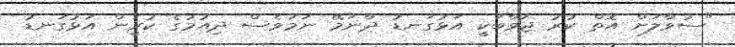
"ސުވާލަށް އޮތް ކުރު ޖަވާބަކީ އަޅުގަނޑު ދާނަމޭ ނަމަވެސް ދިއުމުގެ ކުރިން އަޅުގަނޑު